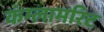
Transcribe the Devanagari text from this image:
कंग्लामरिट